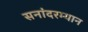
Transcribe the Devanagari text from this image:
सनांदरम्यान